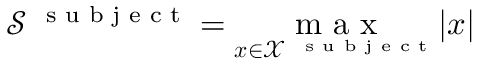
\mathcal S ^ { \mathrm { ~ \scriptsize ~ s ~ u ~ b ~ j ~ e ~ c ~ t ~ } } = \underset { \boldsymbol x \in \mathcal X ^ { \mathrm { ~ \scriptsize ~ s ~ u ~ b ~ j ~ e ~ c ~ t ~ } } } { \mathrm { ~ m ~ a ~ x ~ } } | \boldsymbol x |